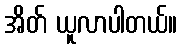
အိတ် ယူလာပါတယ်။